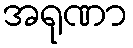
အရုဏာ